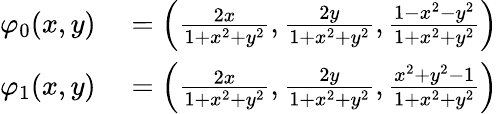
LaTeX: \begin{array}{rl}{\varphi_{0}(x,y)}&{{}=\left({\frac{2x}{1+x^{2}+y^{2}}},{\frac{2y}{1+x^{2}+y^{2}}},{\frac{1-x^{2}-y^{2}}{1+x^{2}+y^{2}}}\right)}\\ {\varphi_{1}(x,y)}&{{}=\left({\frac{2x}{1+x^{2}+y^{2}}},{\frac{2y}{1+x^{2}+y^{2}}},{\frac{x^{2}+y^{2}-1}{1+x^{2}+y^{2}}}\right)}\end{array}